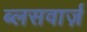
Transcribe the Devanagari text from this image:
ब्लसवार्ज़